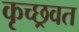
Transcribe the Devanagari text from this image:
कृच्छ्रवत